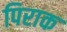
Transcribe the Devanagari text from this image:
पिराक